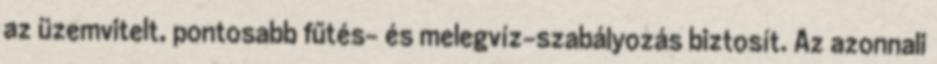
az üzemvitelt, pontosabb fűtés- és melegvíz-szabályozás biztosít. Az azonnali